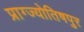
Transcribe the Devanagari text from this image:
प्राग्ज्योतिषपुर